38_143685_box_Incident_Summaries_101-172
Agency: Department of War
Page 145
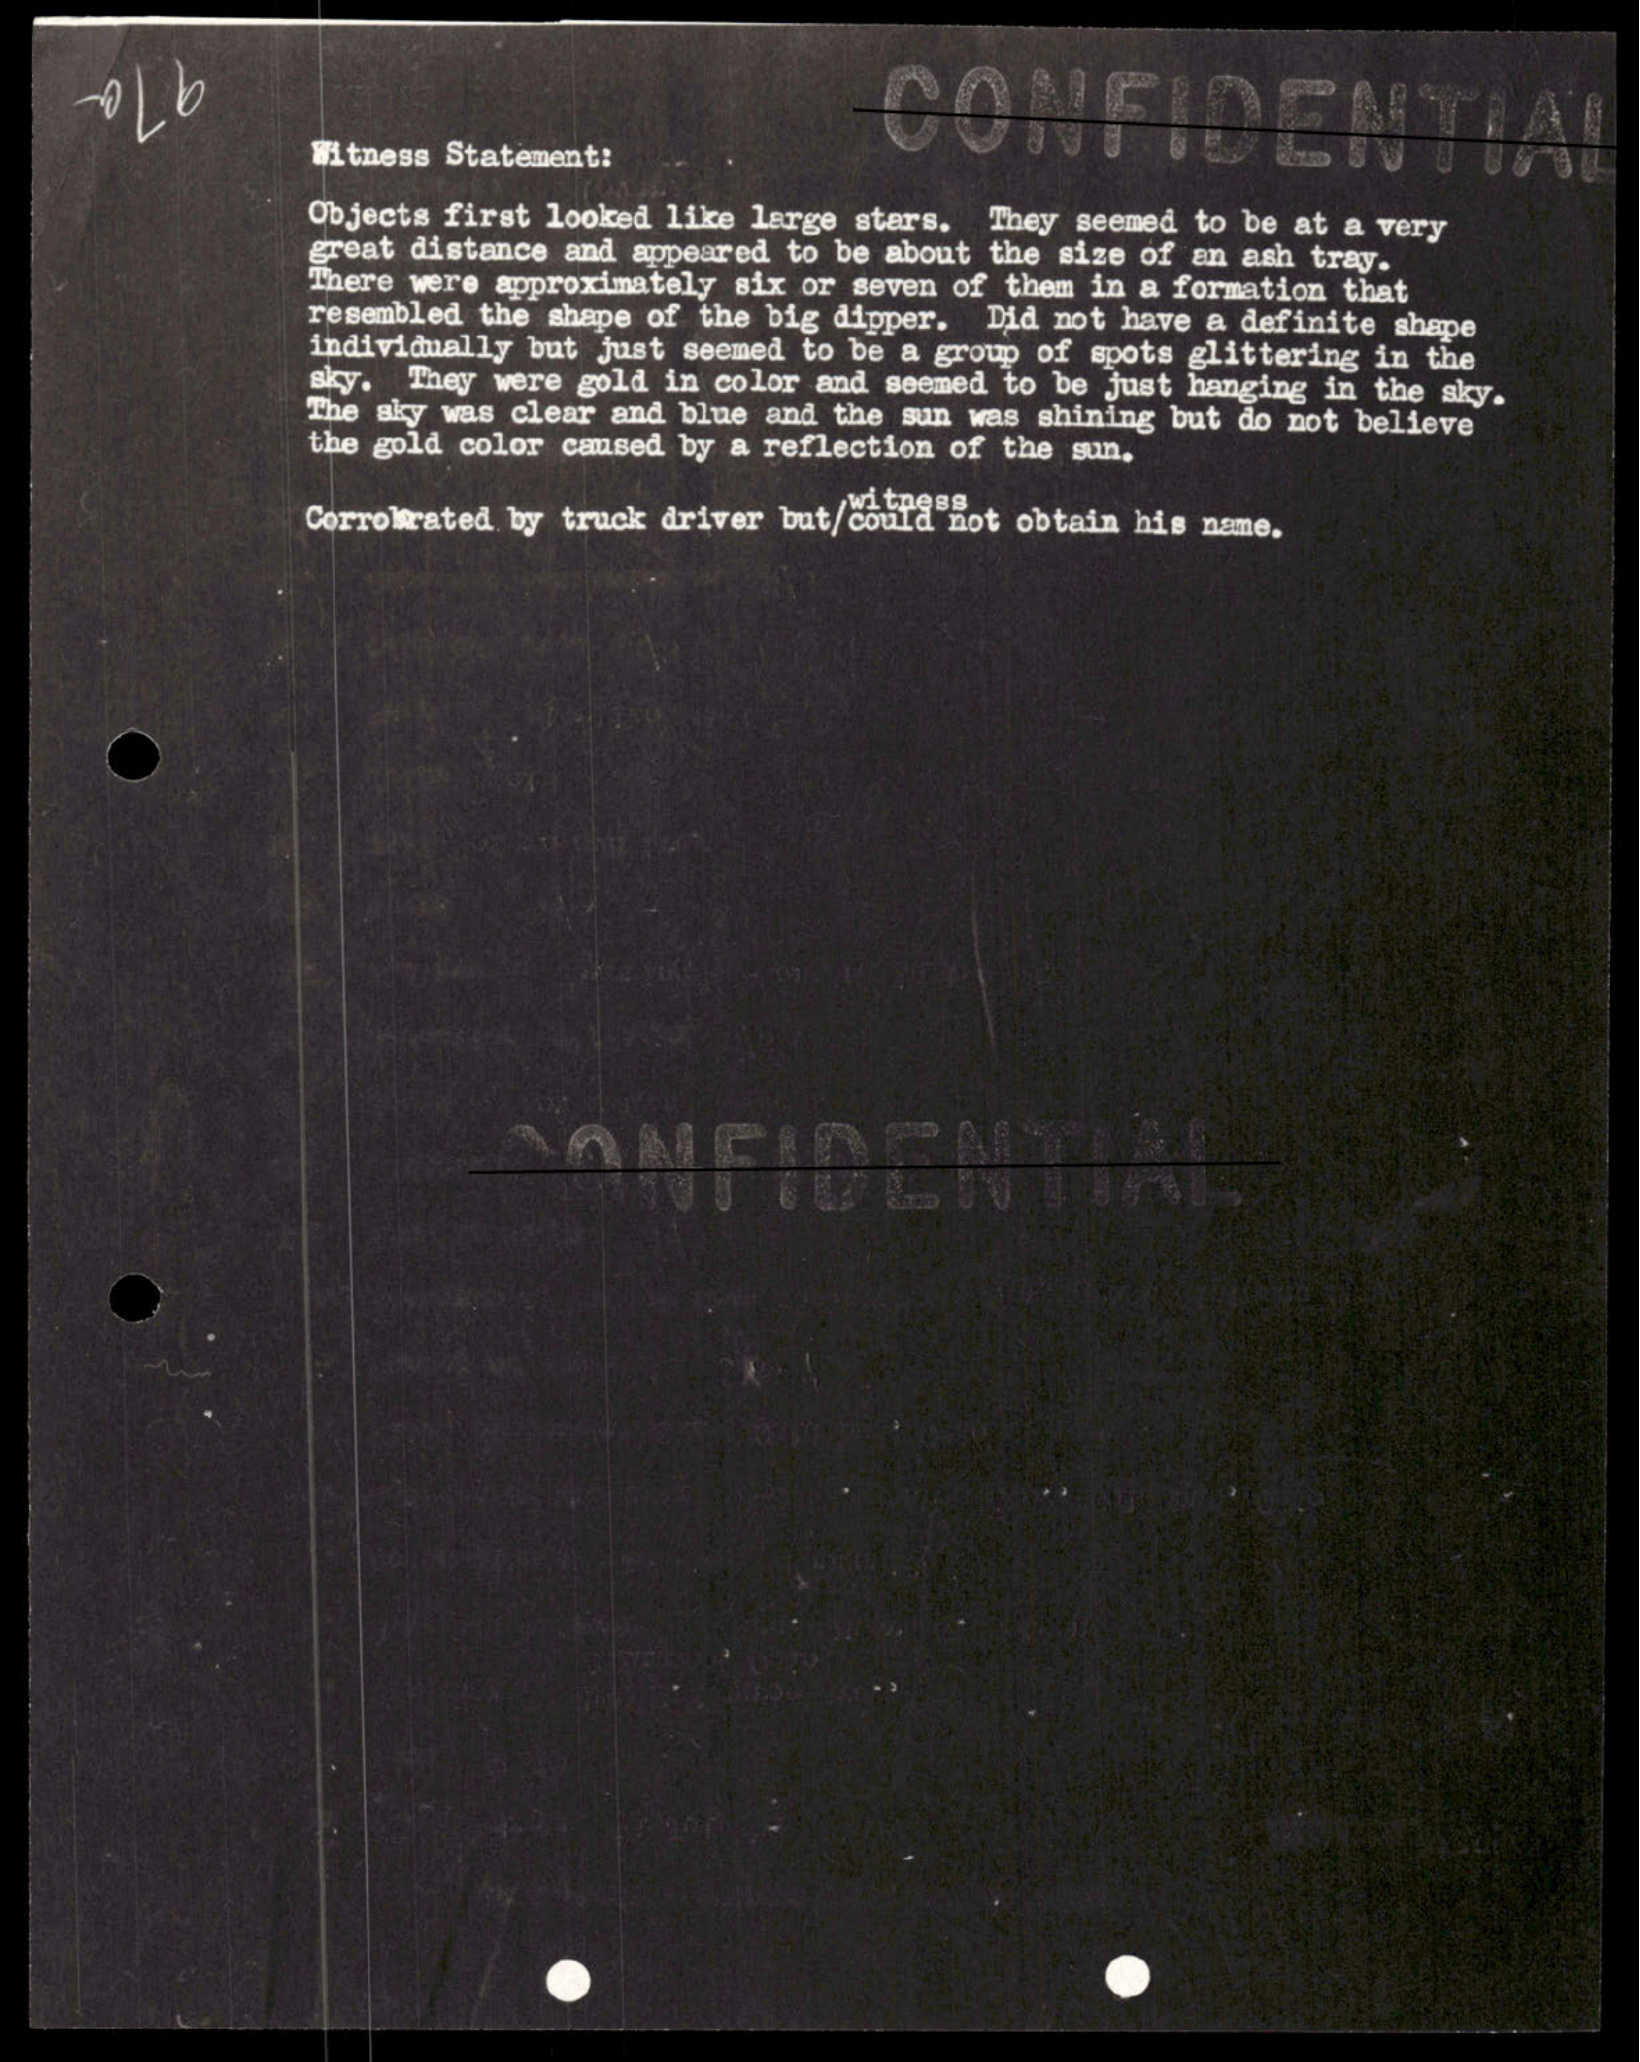